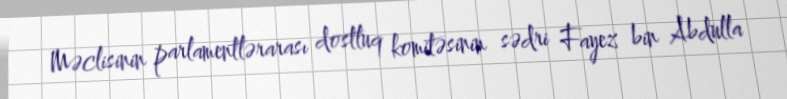
Məclisinin parlamentlərarası dostluq komitəsinin sədri Fayez bin Abdulla